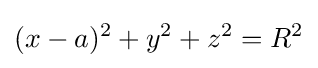
(x-a)^{2}+y^{2}+z^{2}=R^{2}